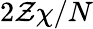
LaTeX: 2\mathcal{Z}\chi/N